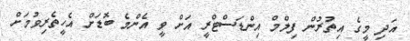
އަދި މީގެ އިތުރުން ފިލްމް އިންޑަސްޓްރީ އަށް ވީ އެންމެ ބޮޑަށް އެހީތެރިވުމަށް